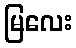
မြလေး